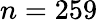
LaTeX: n=259